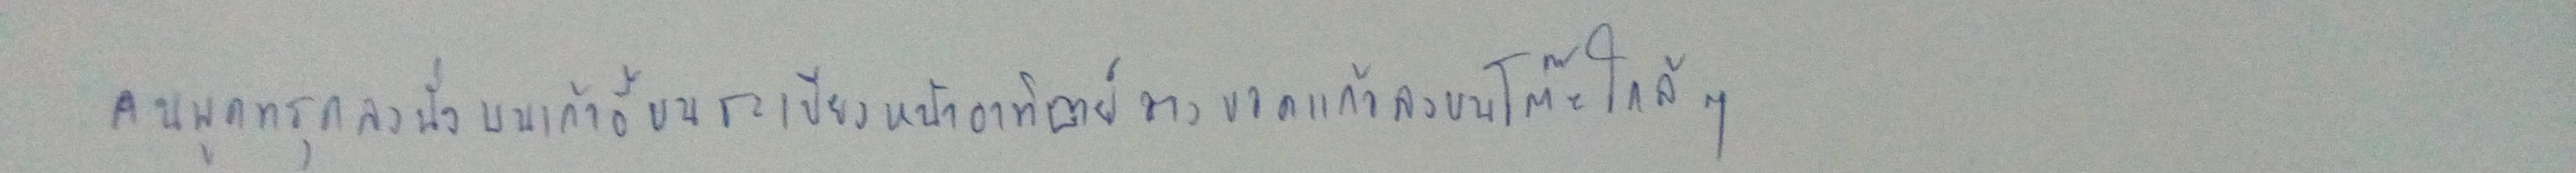
คนพูดทรุดลงนั่งบนเก้าอี้บนระเบียงหน้าอาทิตย์วางขวดแก้วลงบนโต๊ะใกล้ๆ